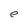
Character: e